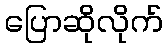
ပြောဆိုလိုက်